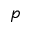
p